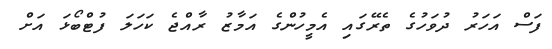
ފަސް އަހަރު ދުވަހުގެ ތެރޭގައި އެމީހުންގެ އަމާޒު ރާއްޖެ ކަހަލަ ފުޓްބޯޅަ އަށް